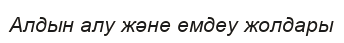
Алдын алу және емдеу жолдары